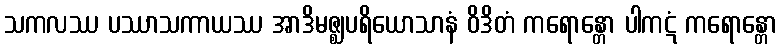
သကလဿ ပဿာသကာယဿ အာဒိမဇ္ဈပရိယောသာနံ ဝိဒိတံ ကရောန္တော ပါကဋံ ကရောန္တော